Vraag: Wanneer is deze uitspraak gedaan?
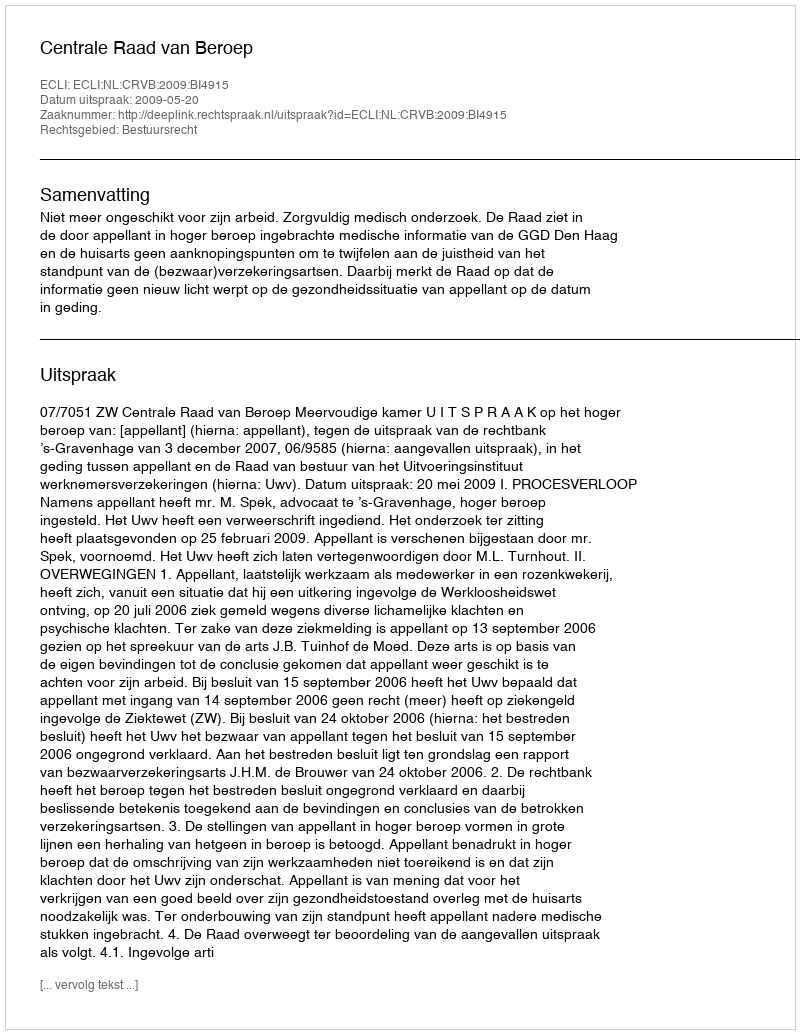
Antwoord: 2009-05-20